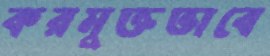
করমুক্তভাবে